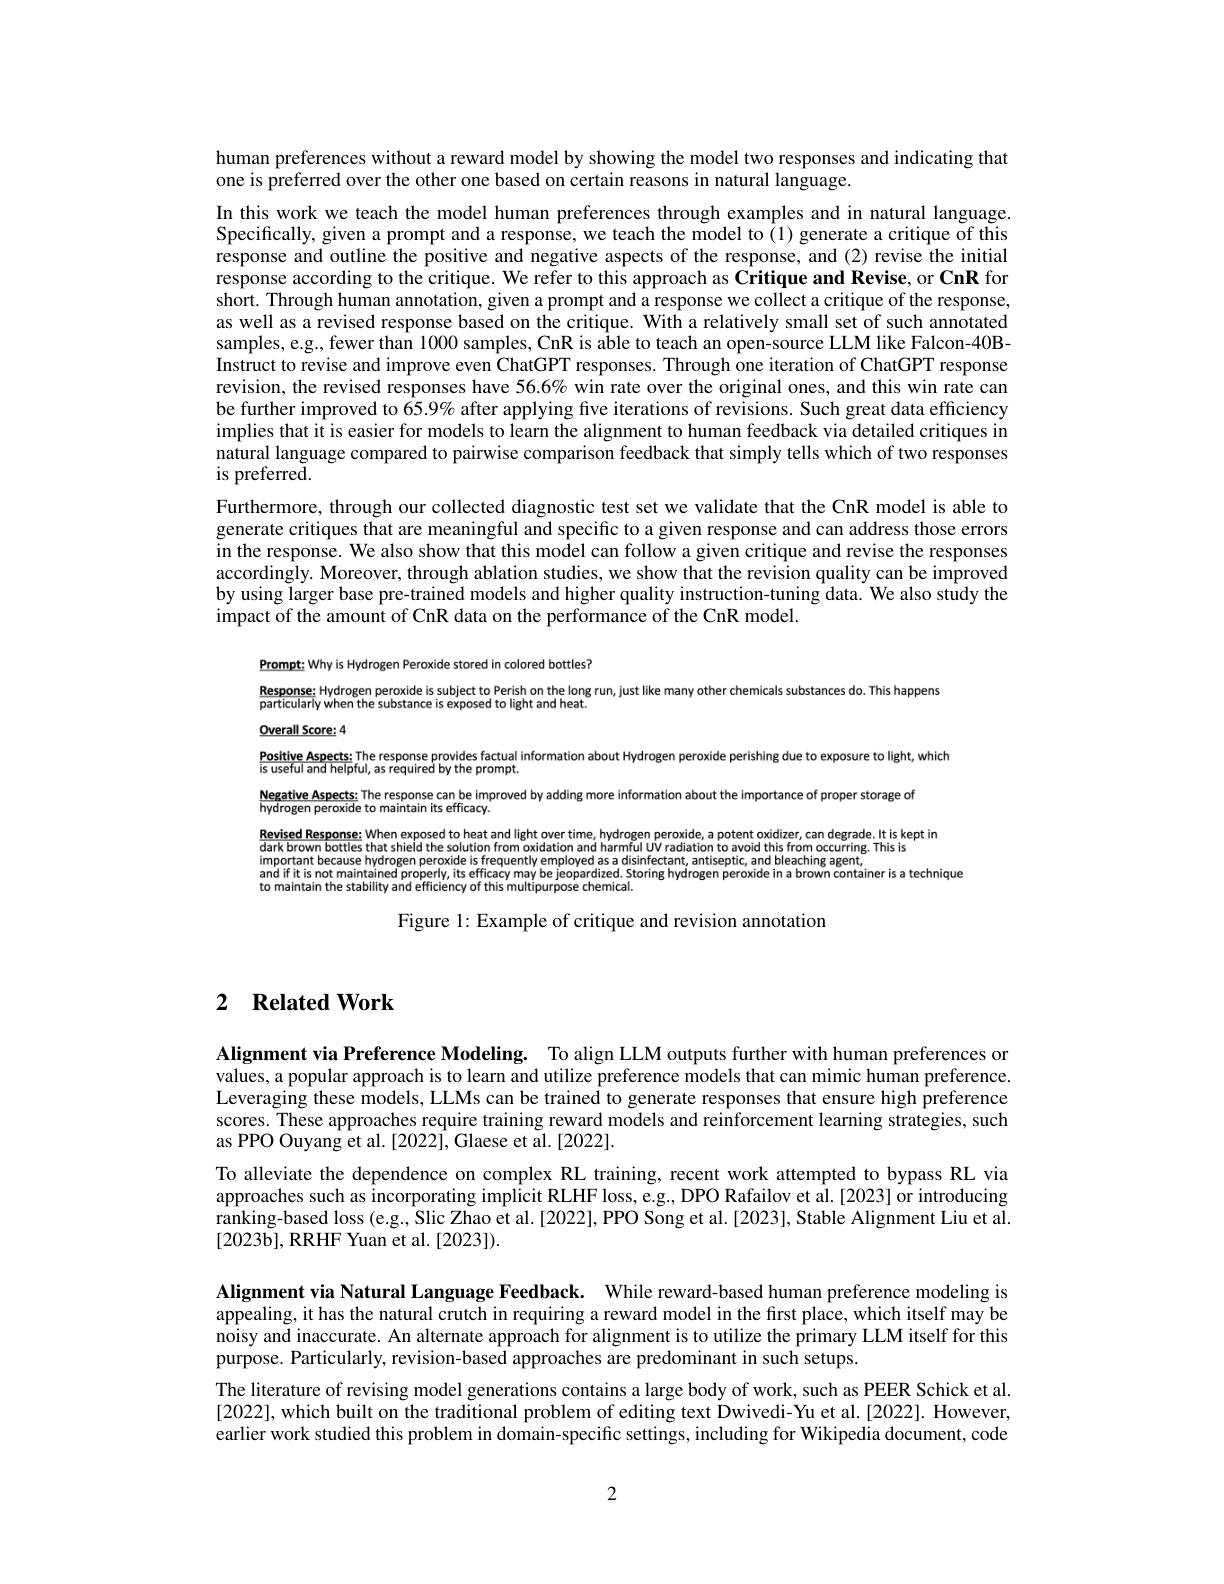
human preferences without a reward model by showing the model two responses and indicating that
one is preferred over the other one based on certain reasons in natural language.

In this work we teach the model human preferences through examples and in natural language Specifically, given a prompt and a response, we teach the model to $\hat{(}1)$ generate a critique of this response and outline the positive and negative aspects of the response, and (2) revise the initial response according to the critique. We refer to this approach as Critique and Revise, or CnR for short. Through human annotation, given a prompt and a response we collect a critique of the response, as well as a revised response based on the critique. With a relatively small set of such annotated samples, e.g., fewer than 1000 samples, CnR is able to teach an open-source LLM like Falcon-40BInstruct to revise and improve even ChatGPT responses. Through one iteration of ChatGPT response revision, the revised responses have 56.6% win rate over the original ones, and this win rate can be further improved to 65.9% after applying five iterations of revisions. Such great data efficiency implies that it is easier for models to learn the alignment to human feedback via detailed critiques in natural language compared to pairwise comparison feedback that simply tells which of two responses is preferre$\tilde{\mathrm{d}}.$
Furthermore, through our collected diagnostic test set we validate that the CnR model is able to generate critiques that are meaningful and specific to a given response and can address those errors $\hat{\text{in the response. We also show that this model can follow a given critique and revise the responses}}$ accordingly. Moreover, through ablation studies, we show that the revision quality can be improved by using larger base pre-trained models and higher quality instruction-tuning data. We also study the impact of the amount of CnR data on the performance of the CnR model.

Prompt: Why is Hydrogen Peroxide stored in colored bottles?
$\frac{\text{Response: Hydrogen peroxide is subject to Perish on the long run, just like many other chemicals substances do. This happens}}{\text{particulariy when the substance is exposed to light and heat.}}$

$\underline{\text{Overall Score:}4}$
$\frac{\text{Positive Aspects;The response provides factual information about Hydrogen peroxide perishing due to exposure to light, which}}{\text{is useful and helpful, as required by the prompt.}}$

Negative Aspects: The response can be improved by adding more information about the importance of proper storage of hydrogen peroxide to maintain its efficacy.Revised Response; When exposed to heat and light over time, hydrogen peroxide, a potent oxidiz
dark brown bottles that shield the solution from oxidation and harmful UV radiation to avoid this from occurring. This
important because hydrogen peroxide is frequently employed sa a disinfectant, and bleaching agent, and fit is mot maintained properly, its efficacy may be jeopardized. Storing hydrogen peroxide in a brown container is a technique to maintain the st

Figure 1: Example of critique and revision annotation

# 2 $\textbf{Related Work}$

Alignment via Preference Modeling. To align LLM outputs further with human preferences or values, a popular approach is to learn and utilize preference models that can mimic human preference. Leveraging these models, LLMs can be trained to generate responses that ensure high preference scores. These approaches require training reward models and reinforcement learning strategies, such as PPO Ouyang et al. [2022], Glaese et al. [2022].
To alleviate the dependence on complex RL training, recent work attempted to bypass RL via approaches such as incorporating implicit RLHF loss, e.g., DPO Rafailov et al.[2023] or introducing ranking-based loss (e.g., Slic Zhao et al.[2022], PPO Song et al.[2023], Stable Alignment Liu et al. $[2023b]$,RRHF Yuan et al.[2023]).

Alignment via Natural Language Feedback. While reward-based human preference modeling is appealing, it has the natural crutch in requiring a reward model in the first place, which itself may be noisy and inaccurate. An alternate approach for alignment is to utilize the primary LLM itself for this purpose. Particularly, revision-based approaches are predominant in such setups.
The literature of revising model generations contains a large body of work, such as PEER Schick et al. [2022], which built on the traditional problem of editing text Dwivedi-Yu et al.[2022]. However, earlier work studied this problem in domain-specific settings, including for Wikipedia document, code

2